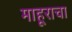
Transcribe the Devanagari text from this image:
माहूराचा